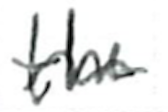
Text: the
Cross-out: wave
Writing tool: ballpoint